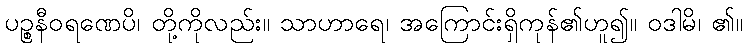
ပဉ္စနီဝရဏေပိ၊ တို့ကိုလည်း။ သာဟာရေ၊ အကြောင်းရှိကုန်၏ဟူ၍။ ဝဒါမိ၊ ၏။